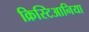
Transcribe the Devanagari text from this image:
क्रिस्टिआनिया